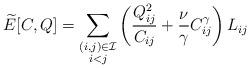
LaTeX: \begin{align*} \widetilde E[C, Q] = \sum_{\substack{(i,j)\in \mathcal{I}\\i< j}} \left( \frac{Q_{ij}^2 }{C_{ij}} + \frac{\nu}{\gamma} C_{ij}^\gamma \right) L_{ij}\end{align*}